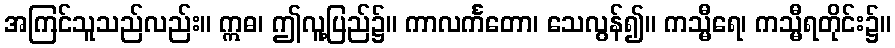
အကြင်သူသည်လည်း။ ဣဓ၊ ဤလူ့ပြည်၌။ ကာလင်္ကတော၊ သေလွန်၍။ ကသ္မီရေ၊ ကသ္မီရတိုင်း၌။